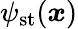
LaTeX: \psi_{\mathrm{st}}(\boldsymbol{x})